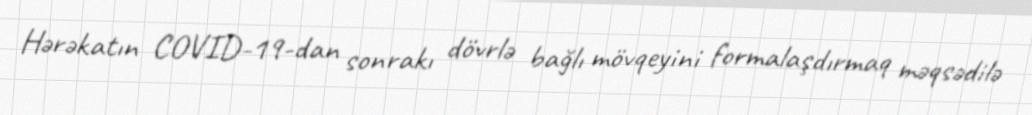
Hərəkatın COVID-19-dan sonrakı dövrlə bağlı mövqeyini formalaşdırmaq məqsədilə